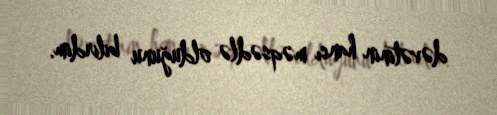
dəvətinin hansı məqsədlə olduğunu bilirdim.